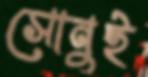
সোনুই